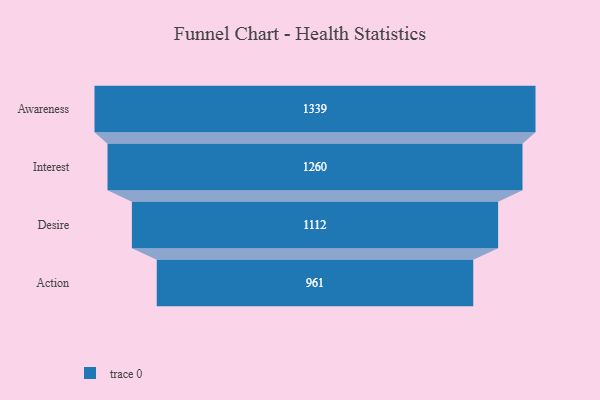
{"axis": {"x": "Stage", "y": "Value"}, "legend": [""], "data": [{"x": "Awareness", "y": 1339.0, "type": ""}, {"x": "Interest", "y": 1260.0, "type": ""}, {"x": "Desire", "y": 1112.0, "type": ""}, {"x": "Action", "y": 961.0, "type": ""}]}